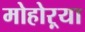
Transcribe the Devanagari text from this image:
मोहोऱ्या